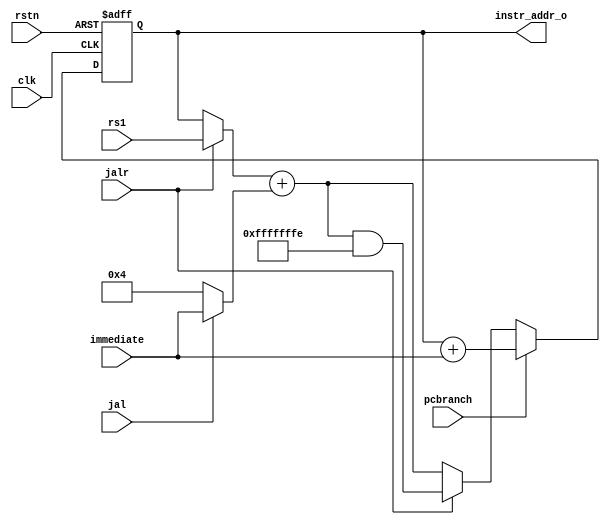
/********************************************************************************************************
Github repo : https://github.com/Praseeda-S/RISC-V-Soc.git
Date : 20/04/2021
Authors : Praseeda S, Sanjana AR, Parvathy PH, Anna Sebastine
College Name : College of Engineering Trivandrum
Project Name : Design and Verification of Vriddhi: A RISC-V Core
Design name : Instruction Fetch
Module name : ifetch
Description : Updates program counter (PC) and fetches 32-bit instruction from ROM (instruction memory)
********************************************************************************************************/

module ifetch(
input		clk,
input 		rstn,
output	[31:0]	instr_addr_o,
input	[31:0]	rs1,
input 	[31:0]	immediate,
input 		jal,jalr,pcbranch
);

wire [31:0] t1;
wire [31:0] t2;
wire [31:0] t3;
wire [31:0] pc_nxt;
reg  [31:0] pc;

assign instr_addr_o = pc;

assign t1 = (jalr==1)? rs1 : pc;
assign t2 = (jal==1)? immediate : 32'h00000004;
assign t3 = (jalr==1)? (t1+t2)&(32'hFFFFFFFE) : (t1+t2);

assign pc_nxt = (pcbranch)? pc+immediate : t3;

always@(posedge clk or negedge rstn)
begin
if (~rstn)
 pc <= 32'h00000000;
else
 pc <= pc_nxt;			
end


endmodule